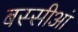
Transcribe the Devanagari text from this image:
बस्सीआं